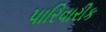
પારિવારીક